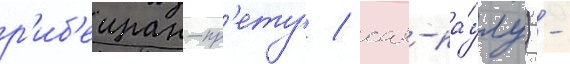
р'иб'еиран-пр'ету / сан-па́улу) -